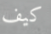
كيف